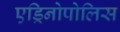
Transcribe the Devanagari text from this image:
एड्रिनोपोलिस